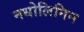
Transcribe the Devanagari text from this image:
नधोलिनिन